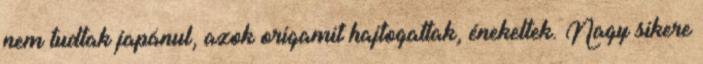
nem tudtak japánul, azok origamit hajtogattak, énekeltek. Nagy sikere